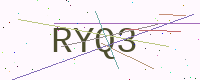
Text: RYQ3